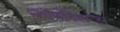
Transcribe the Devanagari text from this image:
कॉर्पोरेशन्‍स